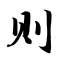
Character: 则